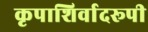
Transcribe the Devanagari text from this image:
कृपाशिर्वादरूपी